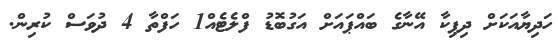
ހަދިޔާއަކަށް ދިޕިކާ އޭނާގެ ބައްޕައަށް އަގުބޮޑު ފްލެޓެއް1 ހަފްތާ 4 ދުވަސް ކުރިން.